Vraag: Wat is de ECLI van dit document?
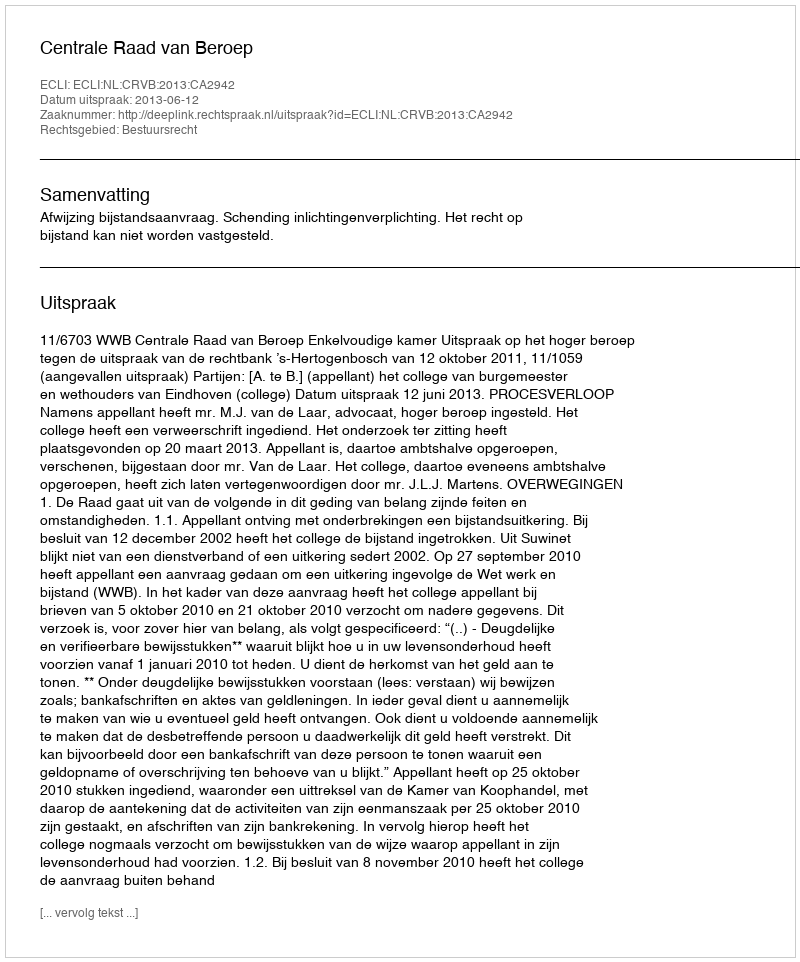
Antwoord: ECLI:NL:CRVB:2013:CA2942